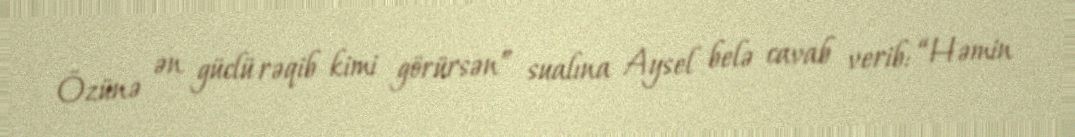
Özünə ən güclü rəqib kimi görürsən” sualına Aysel belə cavab verib: “Həmin